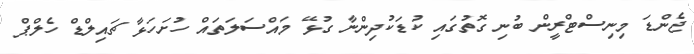
ޖެންޑަ މިނިސްޓްރީން ބުނި ގޮތުގައި ކުޑަކުދިންނާ ގުޅޭ މައްސަލަތައް ހުށަހަޅާ ޗައިލްޑް ހެލްޕް